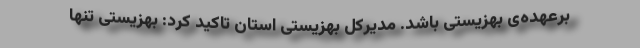
برعهده‌ی بهزیستی باشد. مدیرکل بهزیستی استان تاکید کرد: بهزیستی تنها